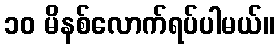
၁၀ မိနစ်လောက်ရပ်ပါမယ်။